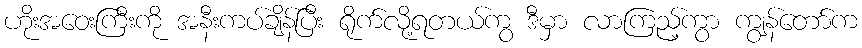
ဟိုးအဝေးကြီးကို အနီးကပ်ချိန်ပြီး ရိုက်လို့ရတယ်ကွ ဒီမှာ လာကြည့်ကွာ ကျွန်တော်က